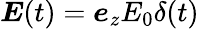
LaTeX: \boldsymbol E(t)=\boldsymbol e_{z}E_{0}\delta(t)